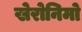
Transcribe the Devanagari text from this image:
खेरोनिमो